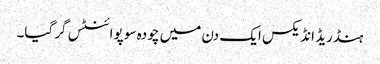
ہنڈریڈ انڈیکس ایک دن میں چودہ سو پوائنٹس گرگیا۔